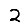
Digit: 2